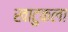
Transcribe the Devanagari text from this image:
खाटुकला